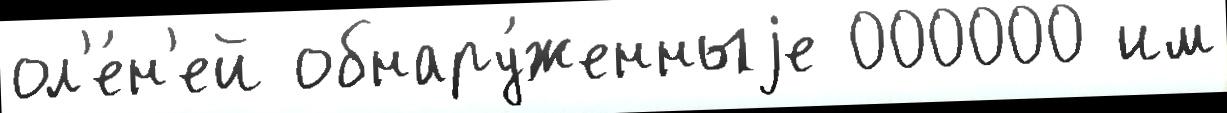
ол'е́н'ей обнару́женныjе 000000 им